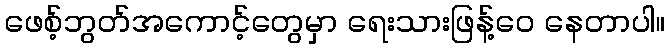
ဖေစ့်ဘွတ်အကောင့်တွေမှာ ရေးသားဖြန့်ဝေ နေတာပါ။